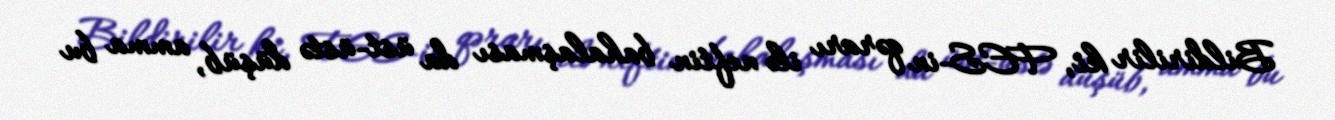
Bildirilir ki, FES-in qərarı ilə neftin bahalaşması da üst-üstə düşüb, amma bu